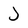
Character: J